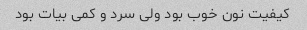
کیفیت نون خوب بود ولی سرد و کمی بیات بود